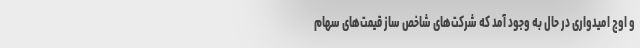
و اوج امیدواری در حال به وجود آمد که شرکت‌های شاخص ساز قیمت‌های سهام